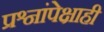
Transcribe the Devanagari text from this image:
प्रश्नांपेक्षाही